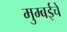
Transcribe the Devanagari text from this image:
मुम्बईचे